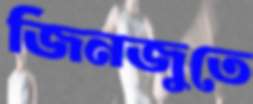
জিনজুতে